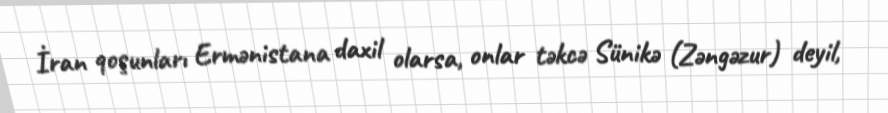
İran qoşunları Ermənistana daxil olarsa, onlar təkcə Sünikə (Zəngəzur) deyil,